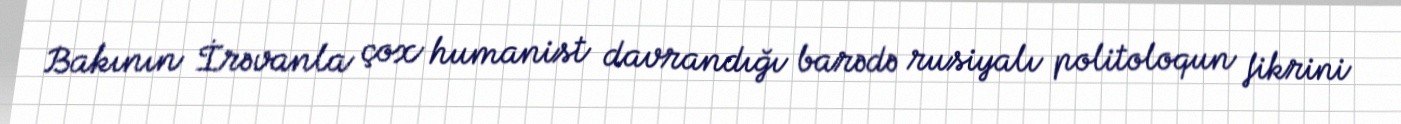
Bakının İrəvanla çox humanist davrandığı barədə rusiyalı politoloqun fikrini